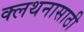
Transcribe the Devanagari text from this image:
क्लथनासाठी